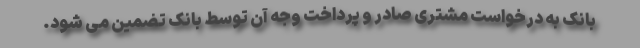
بانک به درخواست مشتری صادر و پرداخت وجه آن توسط بانک تضمین می شود.